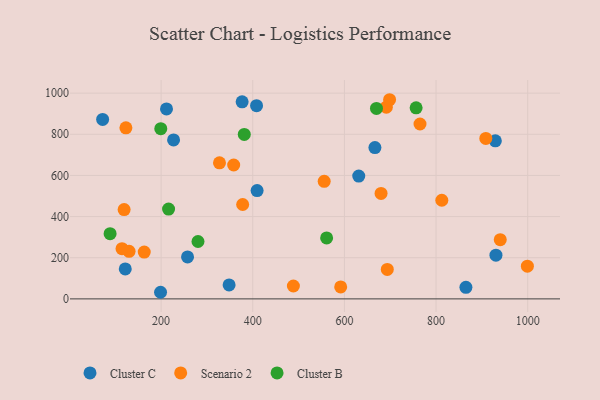
{"axis": {"x": "Ad Spend", "y": "Yield"}, "legend": ["Cluster B", "Cluster C", "Scenario 2"], "data": [{"x": "930.7", "y": 212.5, "type": "Cluster C"}, {"x": "121.8", "y": 145.8, "type": "Cluster C"}, {"x": "211.8", "y": 923.5, "type": "Cluster C"}, {"x": "631.3", "y": 596.7, "type": "Cluster C"}, {"x": "257.7", "y": 203.8, "type": "Cluster C"}, {"x": "348.4", "y": 67.6, "type": "Cluster C"}, {"x": "72.4", "y": 872.3, "type": "Cluster C"}, {"x": "865.2", "y": 56.4, "type": "Cluster C"}, {"x": "408.3", "y": 939.0, "type": "Cluster C"}, {"x": "227.2", "y": 772.6, "type": "Cluster C"}, {"x": "376.8", "y": 957.8, "type": "Cluster C"}, {"x": "198.8", "y": 32.1, "type": "Cluster C"}, {"x": "666.6", "y": 735.5, "type": "Cluster C"}, {"x": "929.4", "y": 768.3, "type": "Cluster C"}, {"x": "409.5", "y": 526.4, "type": "Cluster C"}, {"x": "130.1", "y": 231.2, "type": "Scenario 2"}, {"x": "123.2", "y": 831.2, "type": "Scenario 2"}, {"x": "812.6", "y": 479.5, "type": "Scenario 2"}, {"x": "119.3", "y": 434.3, "type": "Scenario 2"}, {"x": "488.7", "y": 62.7, "type": "Scenario 2"}, {"x": "378.0", "y": 458.8, "type": "Scenario 2"}, {"x": "555.9", "y": 571.3, "type": "Scenario 2"}, {"x": "693.6", "y": 143.3, "type": "Scenario 2"}, {"x": "114.7", "y": 243.8, "type": "Scenario 2"}, {"x": "163.2", "y": 227.7, "type": "Scenario 2"}, {"x": "691.5", "y": 932.0, "type": "Scenario 2"}, {"x": "908.6", "y": 780.0, "type": "Scenario 2"}, {"x": "591.9", "y": 57.9, "type": "Scenario 2"}, {"x": "358.4", "y": 650.7, "type": "Scenario 2"}, {"x": "698.6", "y": 968.0, "type": "Scenario 2"}, {"x": "940.1", "y": 287.9, "type": "Scenario 2"}, {"x": "327.4", "y": 661.4, "type": "Scenario 2"}, {"x": "680.0", "y": 512.7, "type": "Scenario 2"}, {"x": "999.3", "y": 159.2, "type": "Scenario 2"}, {"x": "765.0", "y": 849.9, "type": "Scenario 2"}, {"x": "670.0", "y": 925.9, "type": "Cluster B"}, {"x": "756.5", "y": 928.4, "type": "Cluster B"}, {"x": "216.3", "y": 436.3, "type": "Cluster B"}, {"x": "88.7", "y": 316.9, "type": "Cluster B"}, {"x": "280.5", "y": 278.8, "type": "Cluster B"}, {"x": "199.3", "y": 827.5, "type": "Cluster B"}, {"x": "381.5", "y": 799.2, "type": "Cluster B"}, {"x": "561.2", "y": 296.2, "type": "Cluster B"}]}